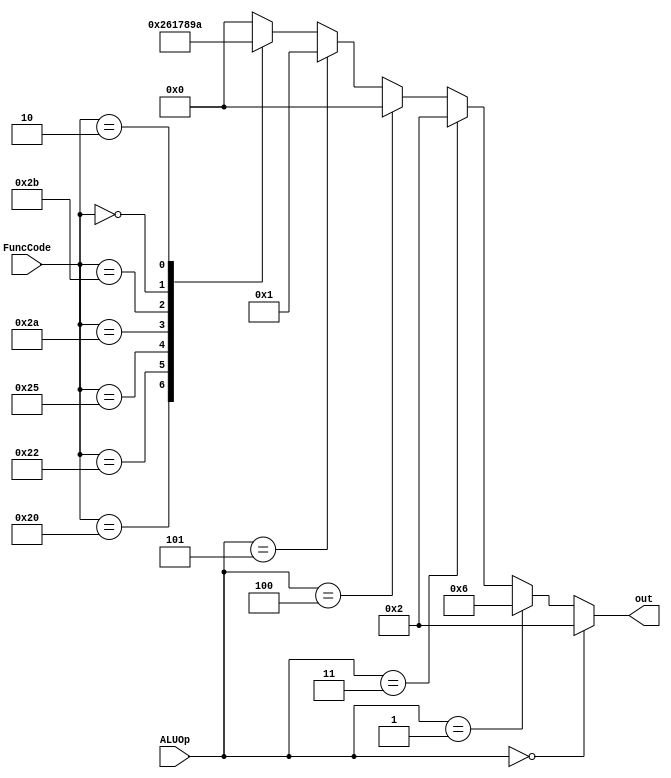
module ALUControl (out, ALUOp, FuncCode);

input wire [2:0] ALUOp;   
input wire [5:0] FuncCode;   
output reg [3:0] out;

    always @ (ALUOp or FuncCode)
    begin
        if (ALUOp == 3'b000)
        begin
            out<=2;        //ADD   
        end
        
        else if (ALUOp == 3'b001)
        begin 
            out<=6;        //sub   

        end
        else if( ALUOp==3'b011) //addi
        begin
            out<=2;
        end
        else if(ALUOp==3'b100) //andi
        begin
            out<=0;
        end
        else if(ALUOp==3'b101) //ori
        begin
            out<=1;
        end
        else
            begin
                case (FuncCode)
            
                    6'b100000: out<=2;        //ADD   
                    6'b100010: out<=6;        //sub   
                    6'b100100: out<=0;        //AND   
                    6'b100101: out<=1;        //OR   
                    6'b101010: out<=7;        //SLT signed  
                    6'b101011: out<=8;        //SLT unsigned
                    6'b000000: out<=9;        //SLL
                    6'b000010: out<=10;       //SRL
                    default: out<=0; // should not happen   
                endcase 
        end
end

endmodule